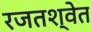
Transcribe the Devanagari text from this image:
रजतश्वेत